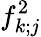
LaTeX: f_{k;j}^{2}